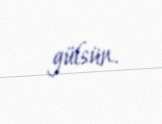
gülsün.